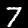
Digit: 7